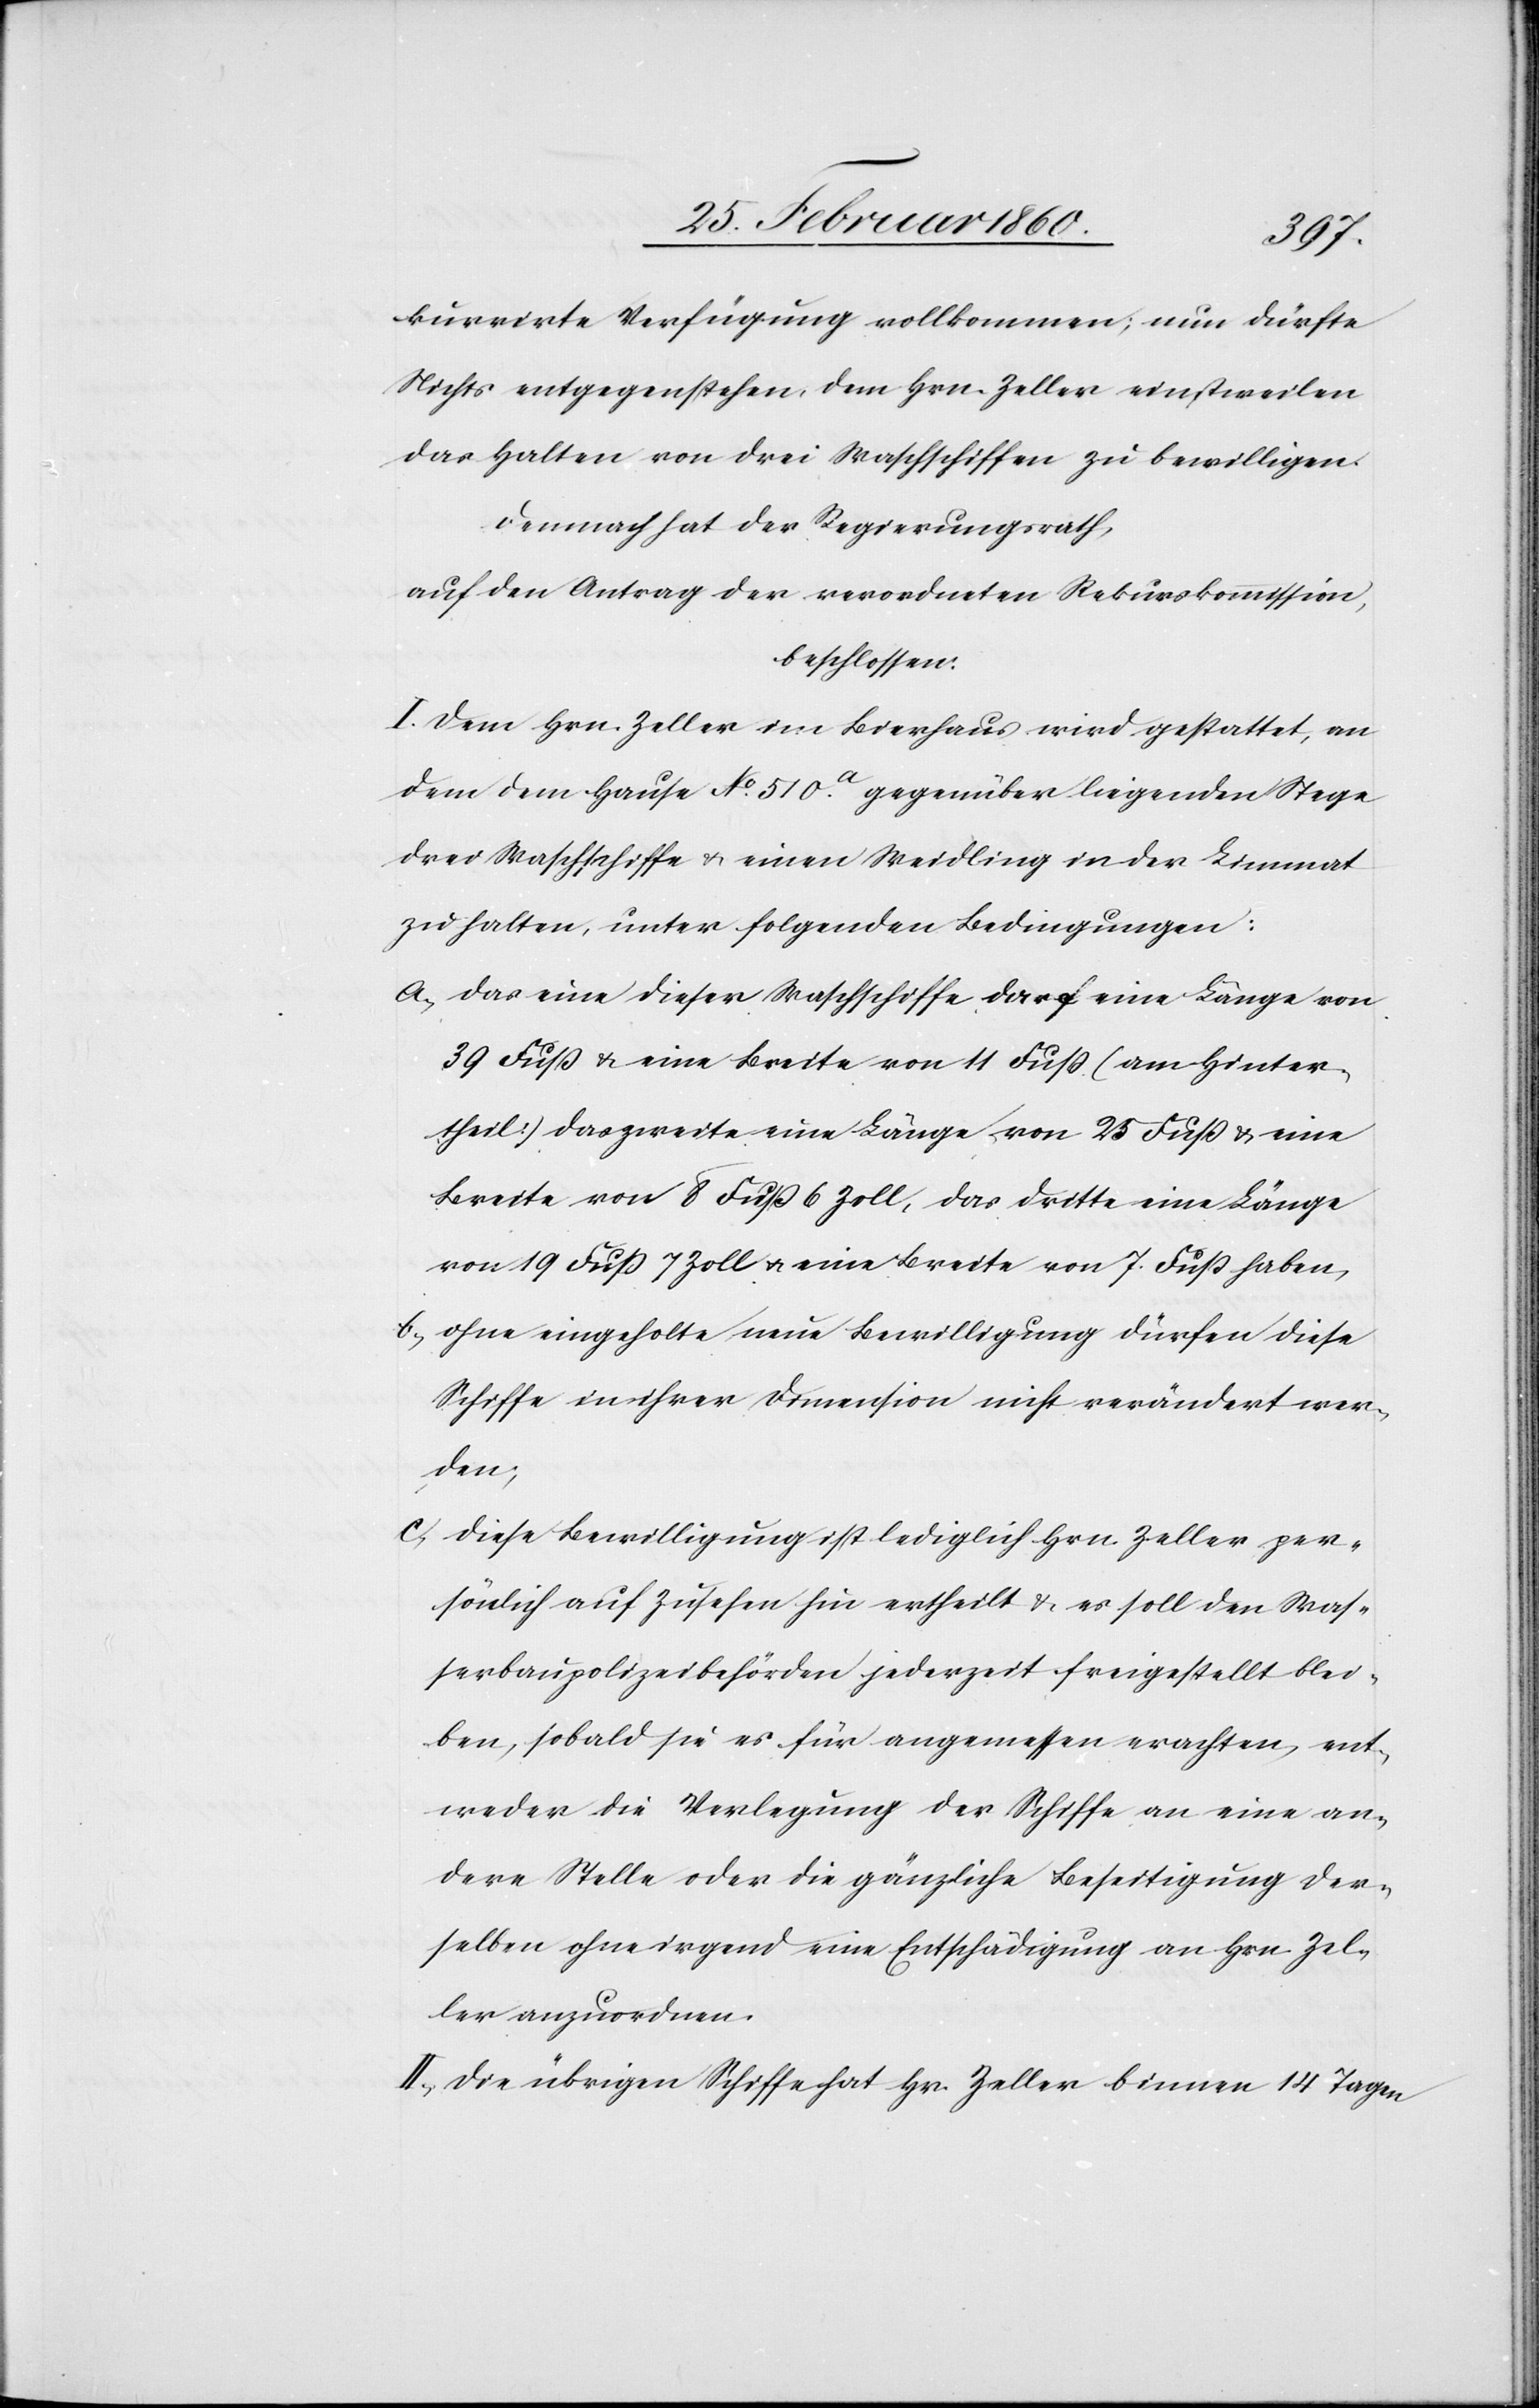
kurrirte Verfügung vollkommen; nun dürfe
Nichts entgegenstehen, dem Hrn. Zeller einstweilen
das Halten von drei Waschschiffen zu bewilligen.
Demnach hat der Regierungsrath,
auf den Antrag der verordneten Rekurskommission,
beschlossen:
I. Dem Hrn. Zeller im Bierhaus wird gestattet, an
dem dem Hause No 510a gegenüber liegenden Stege
drei Waschschiffe u. einen Weidling in der Limmat
zu halten, unter folgenden Bedingungen:
a. das eine dieser Waschschiffe darf eine Länge von
39 Fuss u. eine Breite von 11 Fuss [am Hinter¬
theil] das zweite eine Länge von 25 Fuss u. eine
Breite von 8 Fuss 6 Zoll, das dritte eine Länge
von 19 Fuss 7 Zoll u. eine Breite von 7 Fuss haben,
b. ohne eingeholte neue Bewilligung dürfen diese
Schiffe in ihrer Dimension nicht verändert wer¬
den;
c. diese Bewilligung ist lediglich Hrn. Zeller per¬
sönlich auf Zusehen hin ertheilt u. es soll den Was¬
serbaupolizeibehörden jederzeit freigestellt blei¬
ben, sobald sie es für angemessen erachten, ent¬
weder die Verlegung der Schiffe an eine an¬
derer Stelle oder die gänzliche Beseitigung der¬
selben ohne irgend eine Entschädigung an Hrn. Zel¬
ler anzuordnen.
II. Die übrigen Schiffe hat Hr. Zeller binnen 14 Tagen